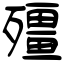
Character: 殭